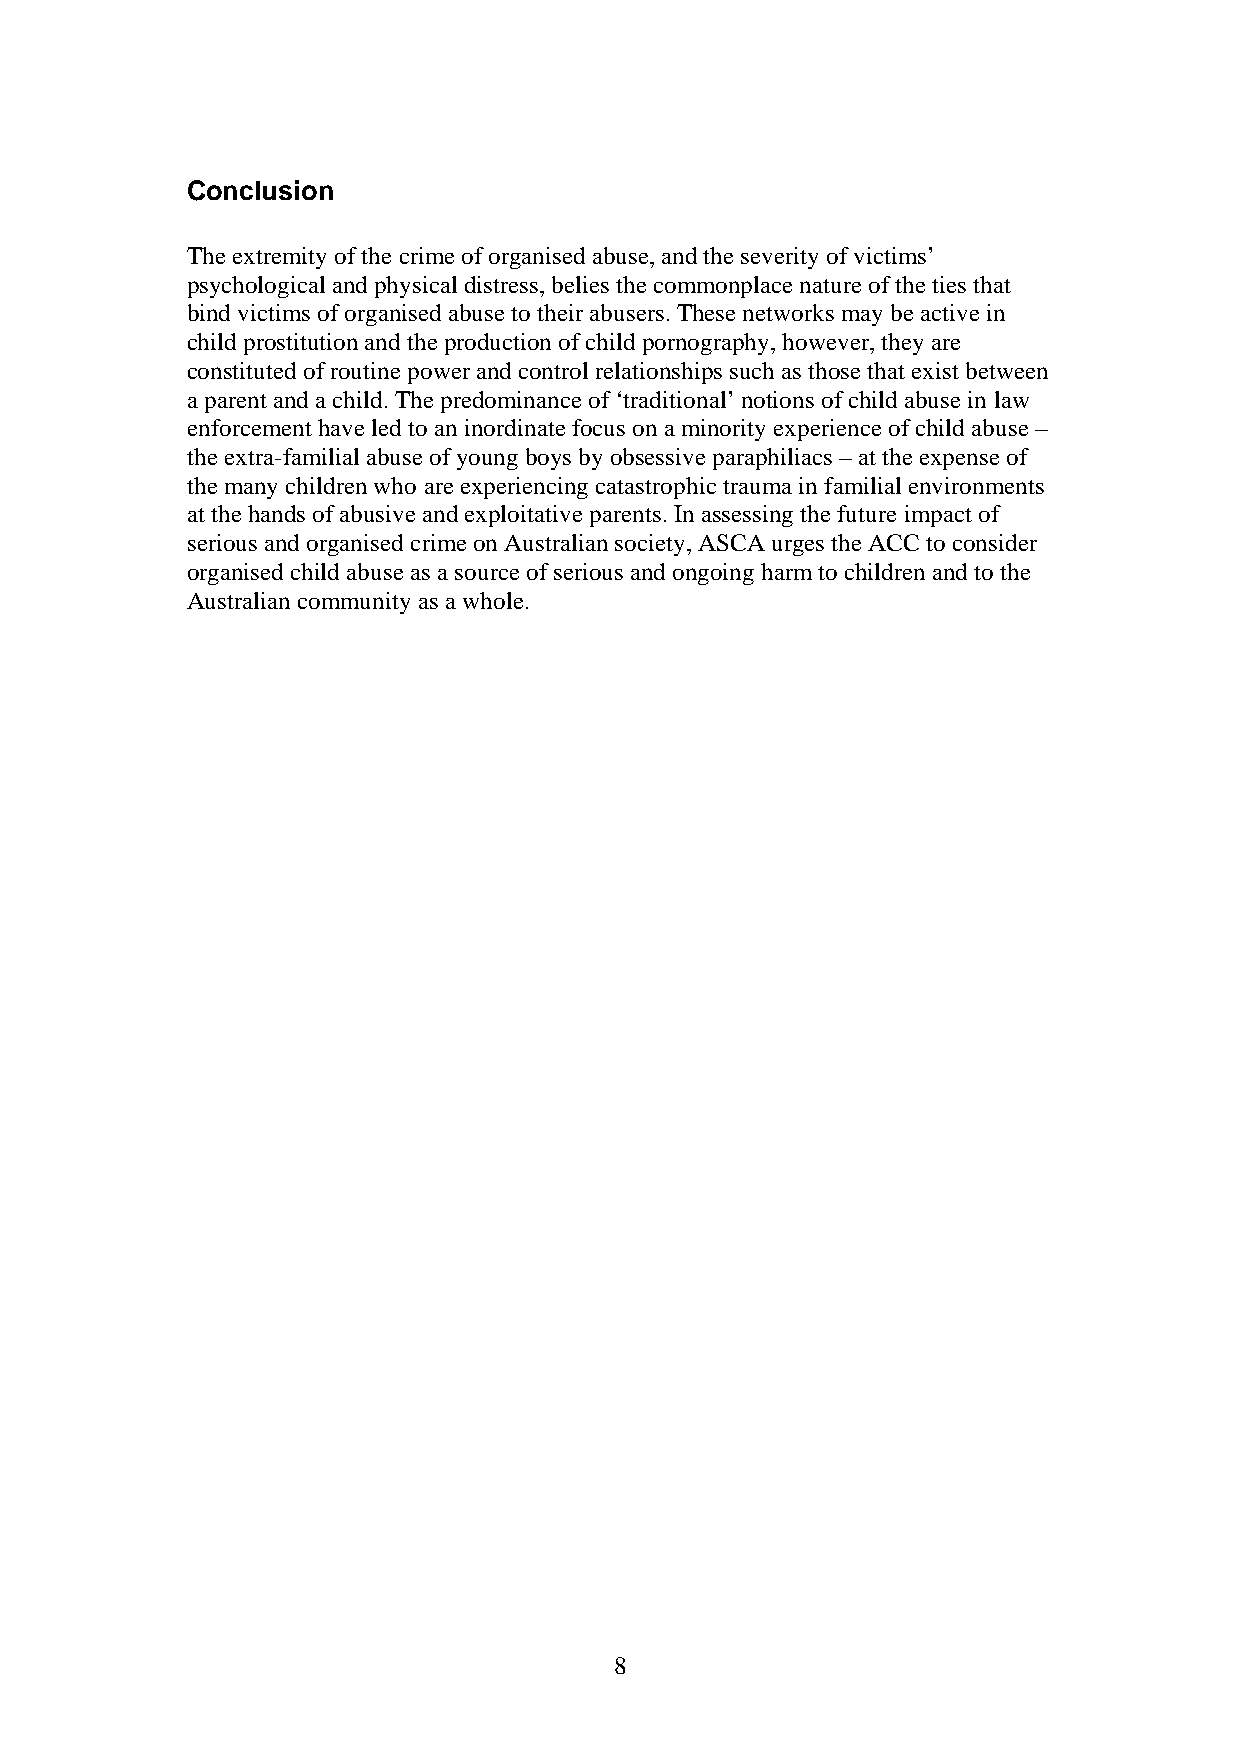
Conclusion
 The extremity of the crime of organised abuse, and the severity of victims’
 psychological and physical distress, belies the commonplace nature of the ties that
 bind victims of organised abuse to their abusers. These networks may be active in
 child prostitution and the production of child pornography, however, they are
 constituted of routine power and control relationships such as those that exist between
 a parent and a child.The predominance of ‘traditional’ notions of child abuse in law
 enforcement have led to an inordinate focus on a minority experience of child abuse –
 the extra-familial abuse of young boys by obsessive paraphiliacs – at the expense of
 the many children who are experiencing catastrophic trauma in familial environments
 at the hands of abusive and exploitative parents. In assessing the future impact of
 serious and organised crime on Australian society, ASCA urges the ACC to consider
 organised child abuse as a source of serious and ongoing harm to children and to the
 Australian community as a whole.
 8